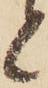
と